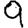
Digit: 9